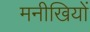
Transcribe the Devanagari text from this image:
मनीखियों